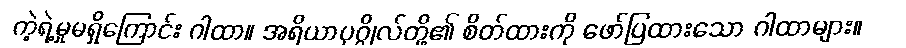
ကဲ့ရဲ့မှုမရှိကြောင်း ဂါထာ။ အရိယာပုဂ္ဂိုလ်တို့၏ စိတ်ထားကို ဖော်ပြထားသော ဂါထာများ။